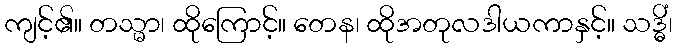
ကျင့်၏။ တသ္မာ၊ ထိုကြောင့်။ တေန၊ ထိုအတုလဒါယကာနှင့်။ သဒ္ဓိံ၊